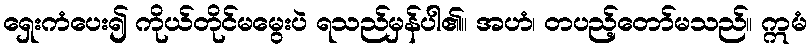
ရှေးကံပေး၍ ကိုယ်တိုင်မမွေးပဲ ရသည်မှန်ပါ၏။ အဟံ၊ တပည့်တော်မသည်။ ဣမံ